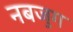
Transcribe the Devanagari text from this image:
नबजुग